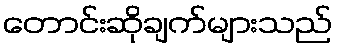
တောင်းဆိုချက်များသည်